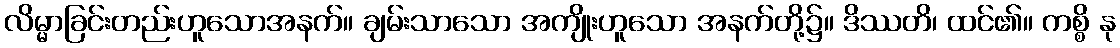
လိမ္မာခြင်းတည်းဟူသောအနက်။ ချမ်းသာသော အကျိုးဟူသော အနက်တို့၌။ ဒိဿတိ၊ ထင်၏။ ကစ္စိ နု